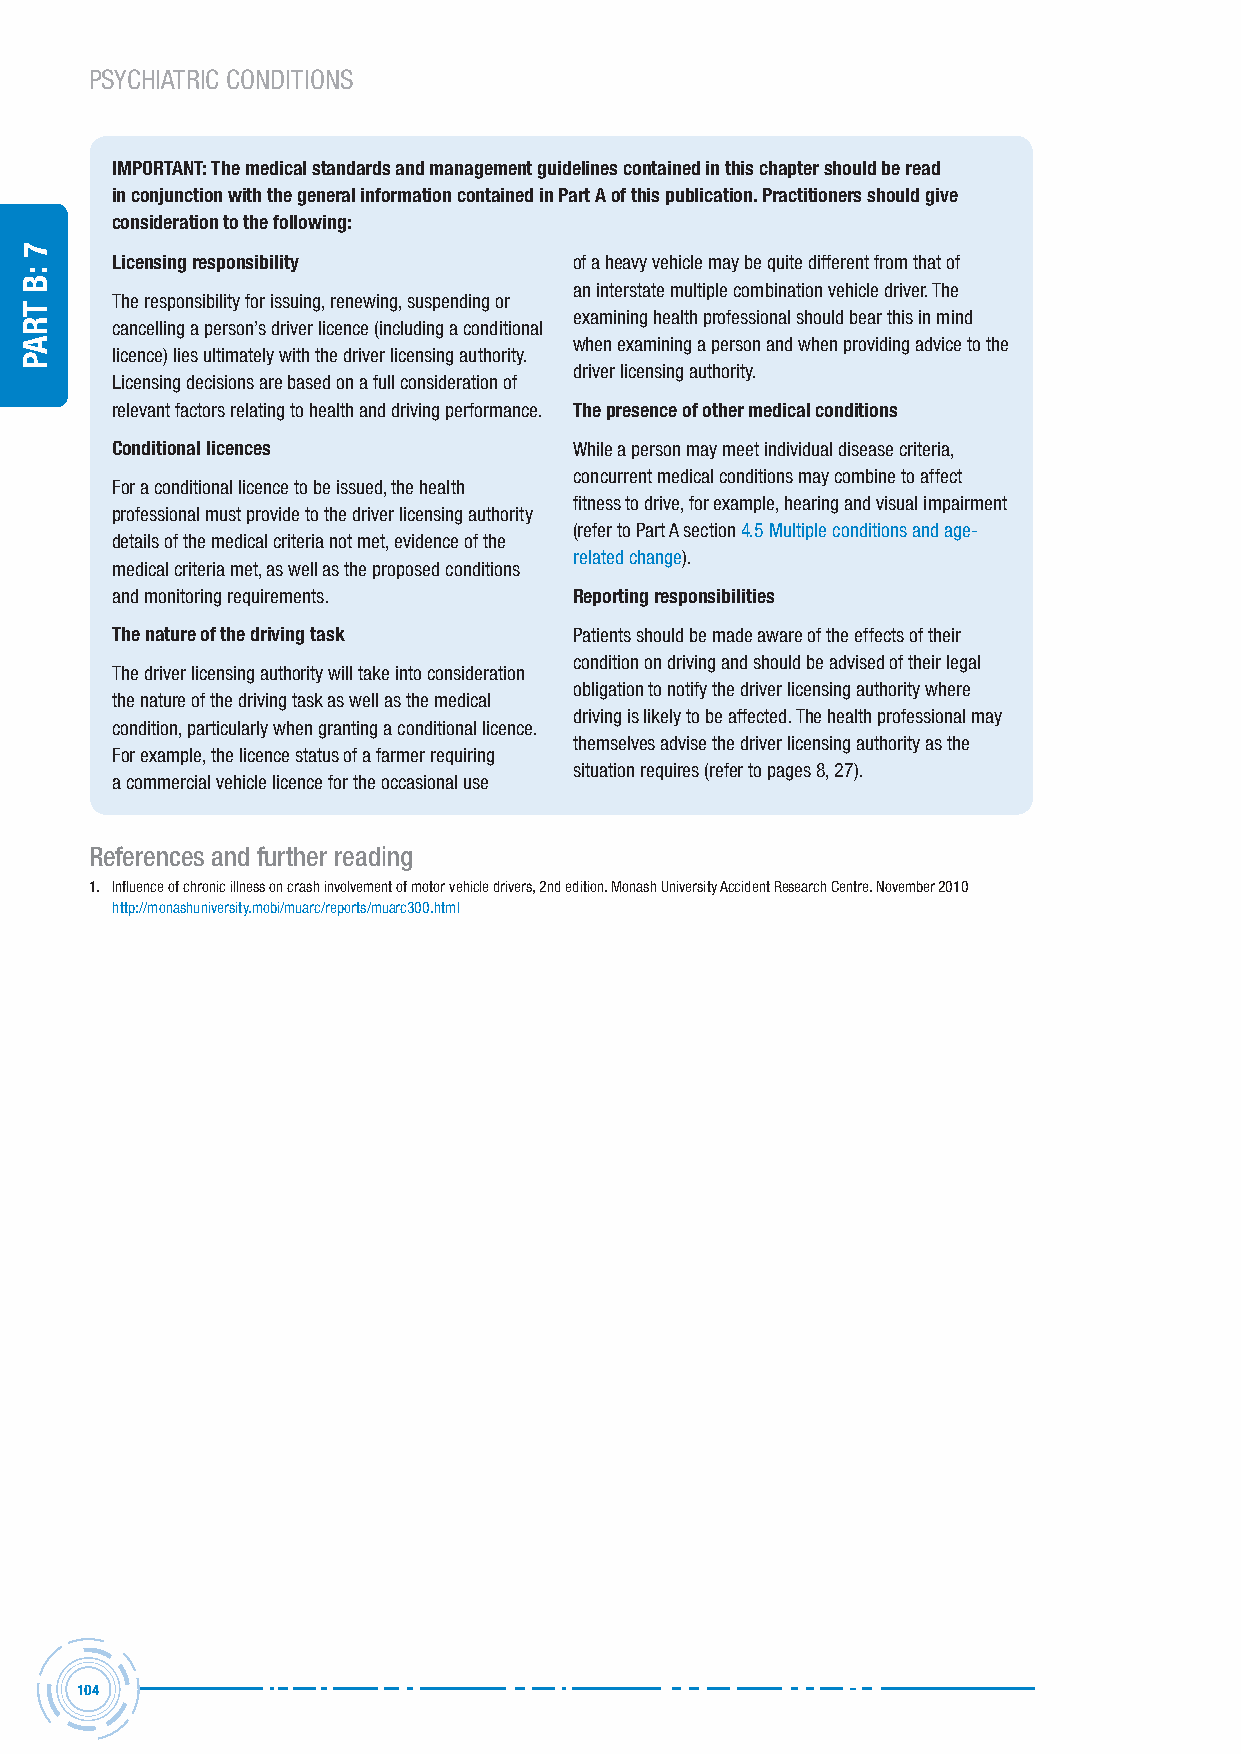
PSYCHIATRIC CONDITIONS
 IMPORTANT: The medical standards and management guidelines contained in this chapter should be read
 in conjunction with the general information contained in Part A of this publication. Practitioners should give
 consideration to the following:
 Licensing responsibility       of a heavy vehicle may be quite different from that of
 an interstate multiple combination vehicle driver. the
 the responsibility for issuing, renewing, suspending or
 examining health professional should bear this in mind
 cancelling a person’s driver licence (including a conditional
 when examining a person and when providing advice to the
 licence) lies ultimately with the driver licensing authority.
 driver licensing authority.
 licensing decisions are based on a full consideration of
 relevant factors relating to health and driving performance. The presence of other medical conditions
 Conditional licences           While a person may meet individual disease criteria,
 concurrent medical conditions may combine to affect
 for a conditional licence to be issued, the health
 fitness to drive, for example, hearing and visual impairment
 professional must provide to the driver licensing authority
 (refer to Part a section 4.5 multiple conditions and age-
 details of the medical criteria not met, evidence of the
 related change).
 medical criteria met, as well as the proposed conditions
 and monitoring requirements.   Reporting responsibilities
 The nature of the driving task Patients should be made aware of the effects of their
 condition on driving and should be advised of their legal
 the driver licensing authority will take into consideration
 obligation to notify the driver licensing authority where
 the nature of the driving task as well as the medical
 driving is likely to be affected. the health professional may
 condition, particularly when granting a conditional licence.
 themselves advise the driver licensing authority as the
 for example, the licence status of a farmer requiring
 situation requires (refer to pages 8, 27).
 a commercial vehicle licence for the occasional use
 references and further reading
 1. Influence of chronic illness on crash involvement of motor vehicle drivers, 2nd edition. monash University accident research Centre. november 2010
 http://monashuniversity.mobi/muarc/reports/muarc300.html
 104
 7
 :B
 traP